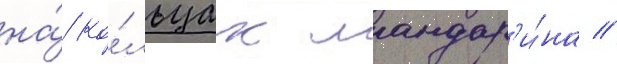
на́ ко́льцах мандар'и́на //